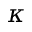
\kappa